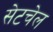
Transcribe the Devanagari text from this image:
सेटचेल